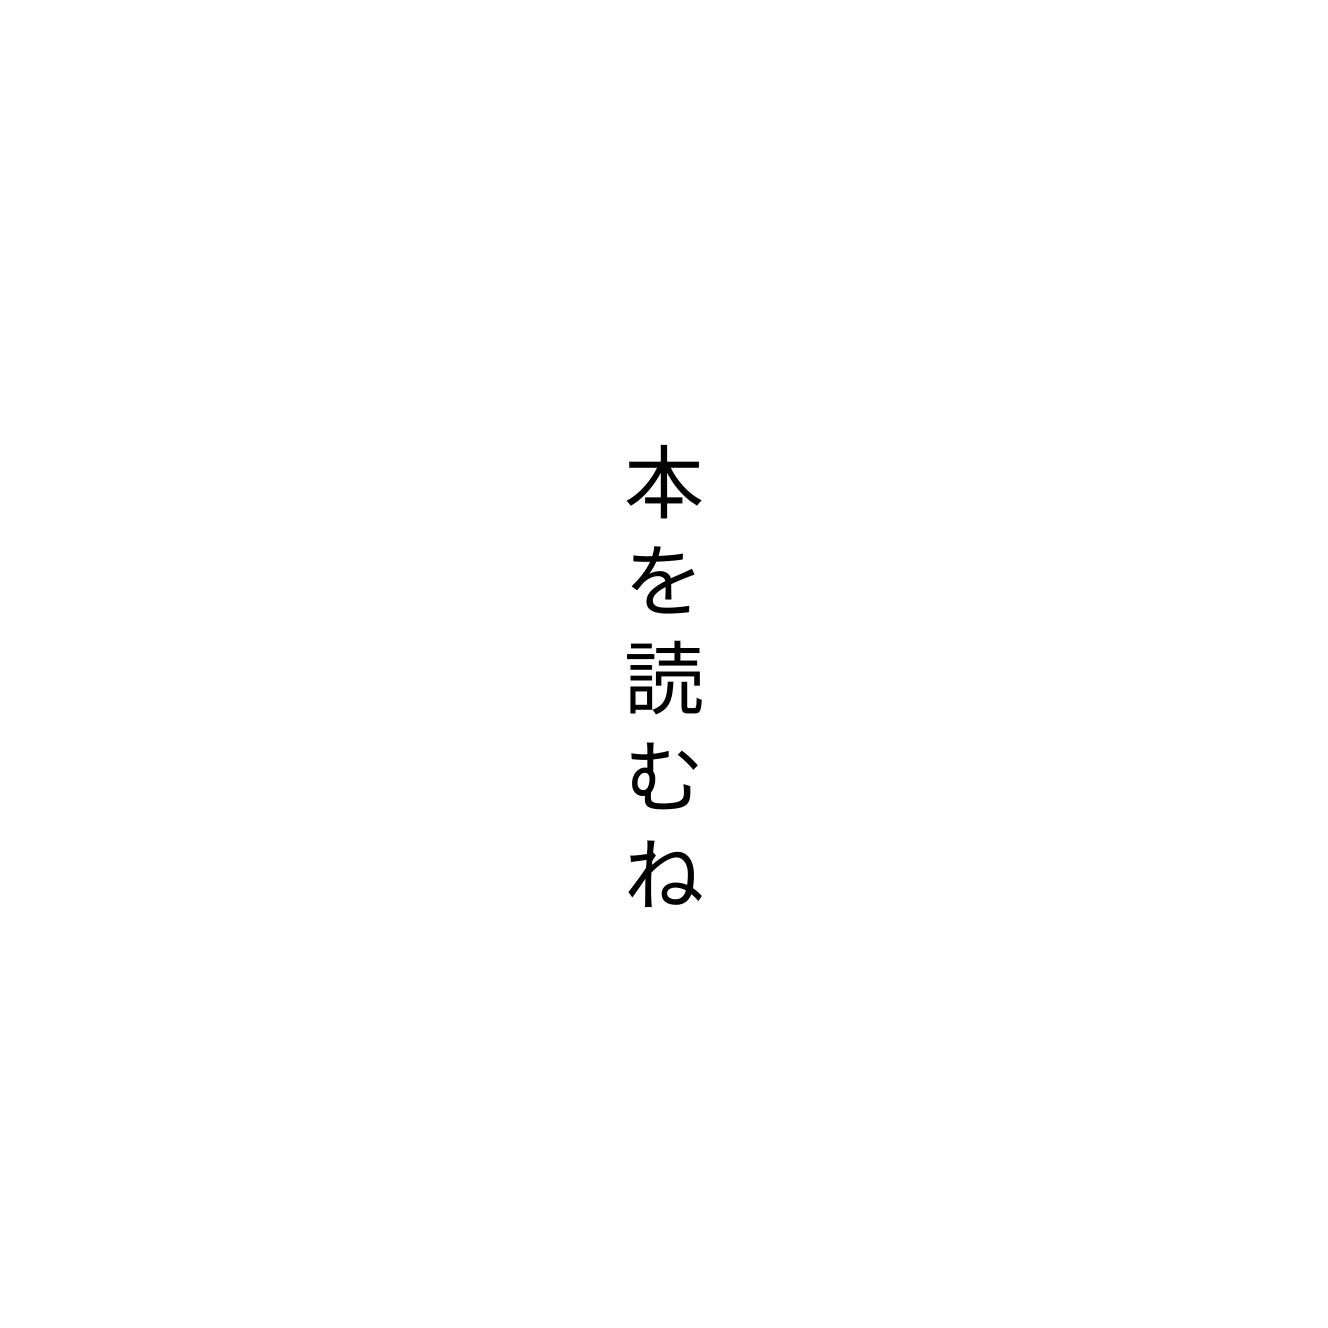
本を読むね